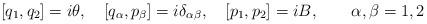
LaTeX: \begin{align*} [q_1,q_2]=i\theta,\quad [{ q}_\alpha, { p}_\beta]=i \delta_{\alpha\beta},\quad [p_1,p_2]=iB,\quad\quad\alpha,\beta=1,2\end{align*}